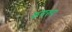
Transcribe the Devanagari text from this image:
कमरुप